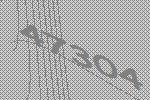
47304